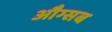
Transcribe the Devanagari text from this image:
औग्सब